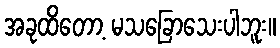
အခုထိတော့ မသခြောသေးပါဘူး။